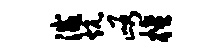
灭炕峪檀